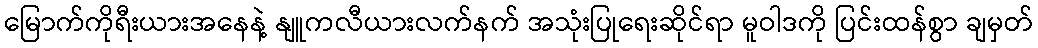
မြောက်ကိုရီးယားအနေနဲ့ နျူကလီယားလက်နက် အသုံးပြုရေးဆိုင်ရာ မူဝါဒကို ပြင်းထန်စွာ ချမှတ်